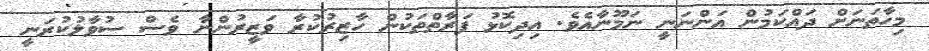
މިހާތަނަށް ދައްކަމުން އަންނަނީ ނަމޫނާއެވެ. އިދިކޮޅު ފަރާތްތަކުން ހާޒިރުކުރާ ވަޒީރުންނާ ވެސް ސުވާލުކުރަނީ